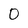
Character: 0